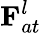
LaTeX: {\mathbf F}_{at}^{l}